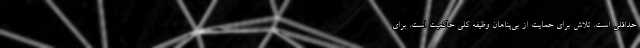
حداقلی است. تلاش برای حمایت از بی‌پناهان وظیفه کلی حاکمیت است. برای